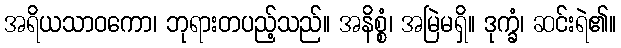
အရိယသာဝကော၊ ဘုရားတပည့်သည်။ အနိစ္စံ၊ အမြဲမရှိ။ ဒုက္ခံ၊ ဆင်းရဲ၏။